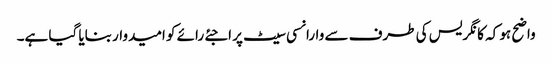
واضح ہو کہ کانگریس کی طرف سے وارانسی سیٹ پر اجئے رائے کو امیدوار بنایا گیا ہے۔